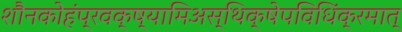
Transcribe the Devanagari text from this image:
शौनकोहंप्रवक्ष्यामिअस्थिक्षेपविधिंक्रमात्